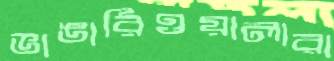
ভাঙারিওয়ালারা